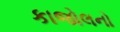
કાજોલનો